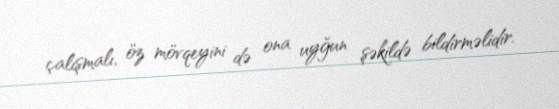
çalışmalı, öz mövqeyini də ona uyğun şəkildə bildirməlidir.